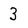
Character: 3